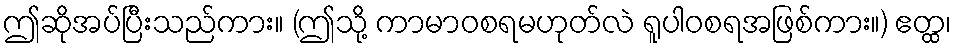
ဤဆိုအပ်ပြီးသည်ကား။ (ဤသို့ ကာမာဝစရမဟုတ်လဲ ရူပါဝစရအဖြစ်ကား။) ဧတ္ထ၊